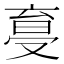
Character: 𠭩